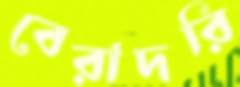
বেরাদরি